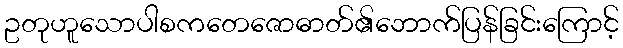
ဥတုဟူသောပါစကတေဇောဓာတ်၏ဘောက်ပြန်ခြင်းကြောင့်